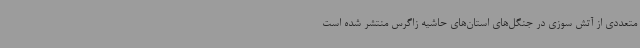
متعددی از آتش سوزی در جنگل‌های استان‌های حاشیه زاگرس منتشر شده است